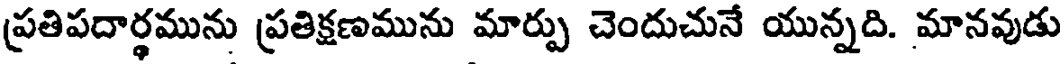
ప్రతిపదార్థమును ప్రతిక్షణమును మార్పు చెందుచునే యున్నది. మానవుడు